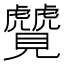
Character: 𬢆